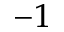
^ { - 1 }